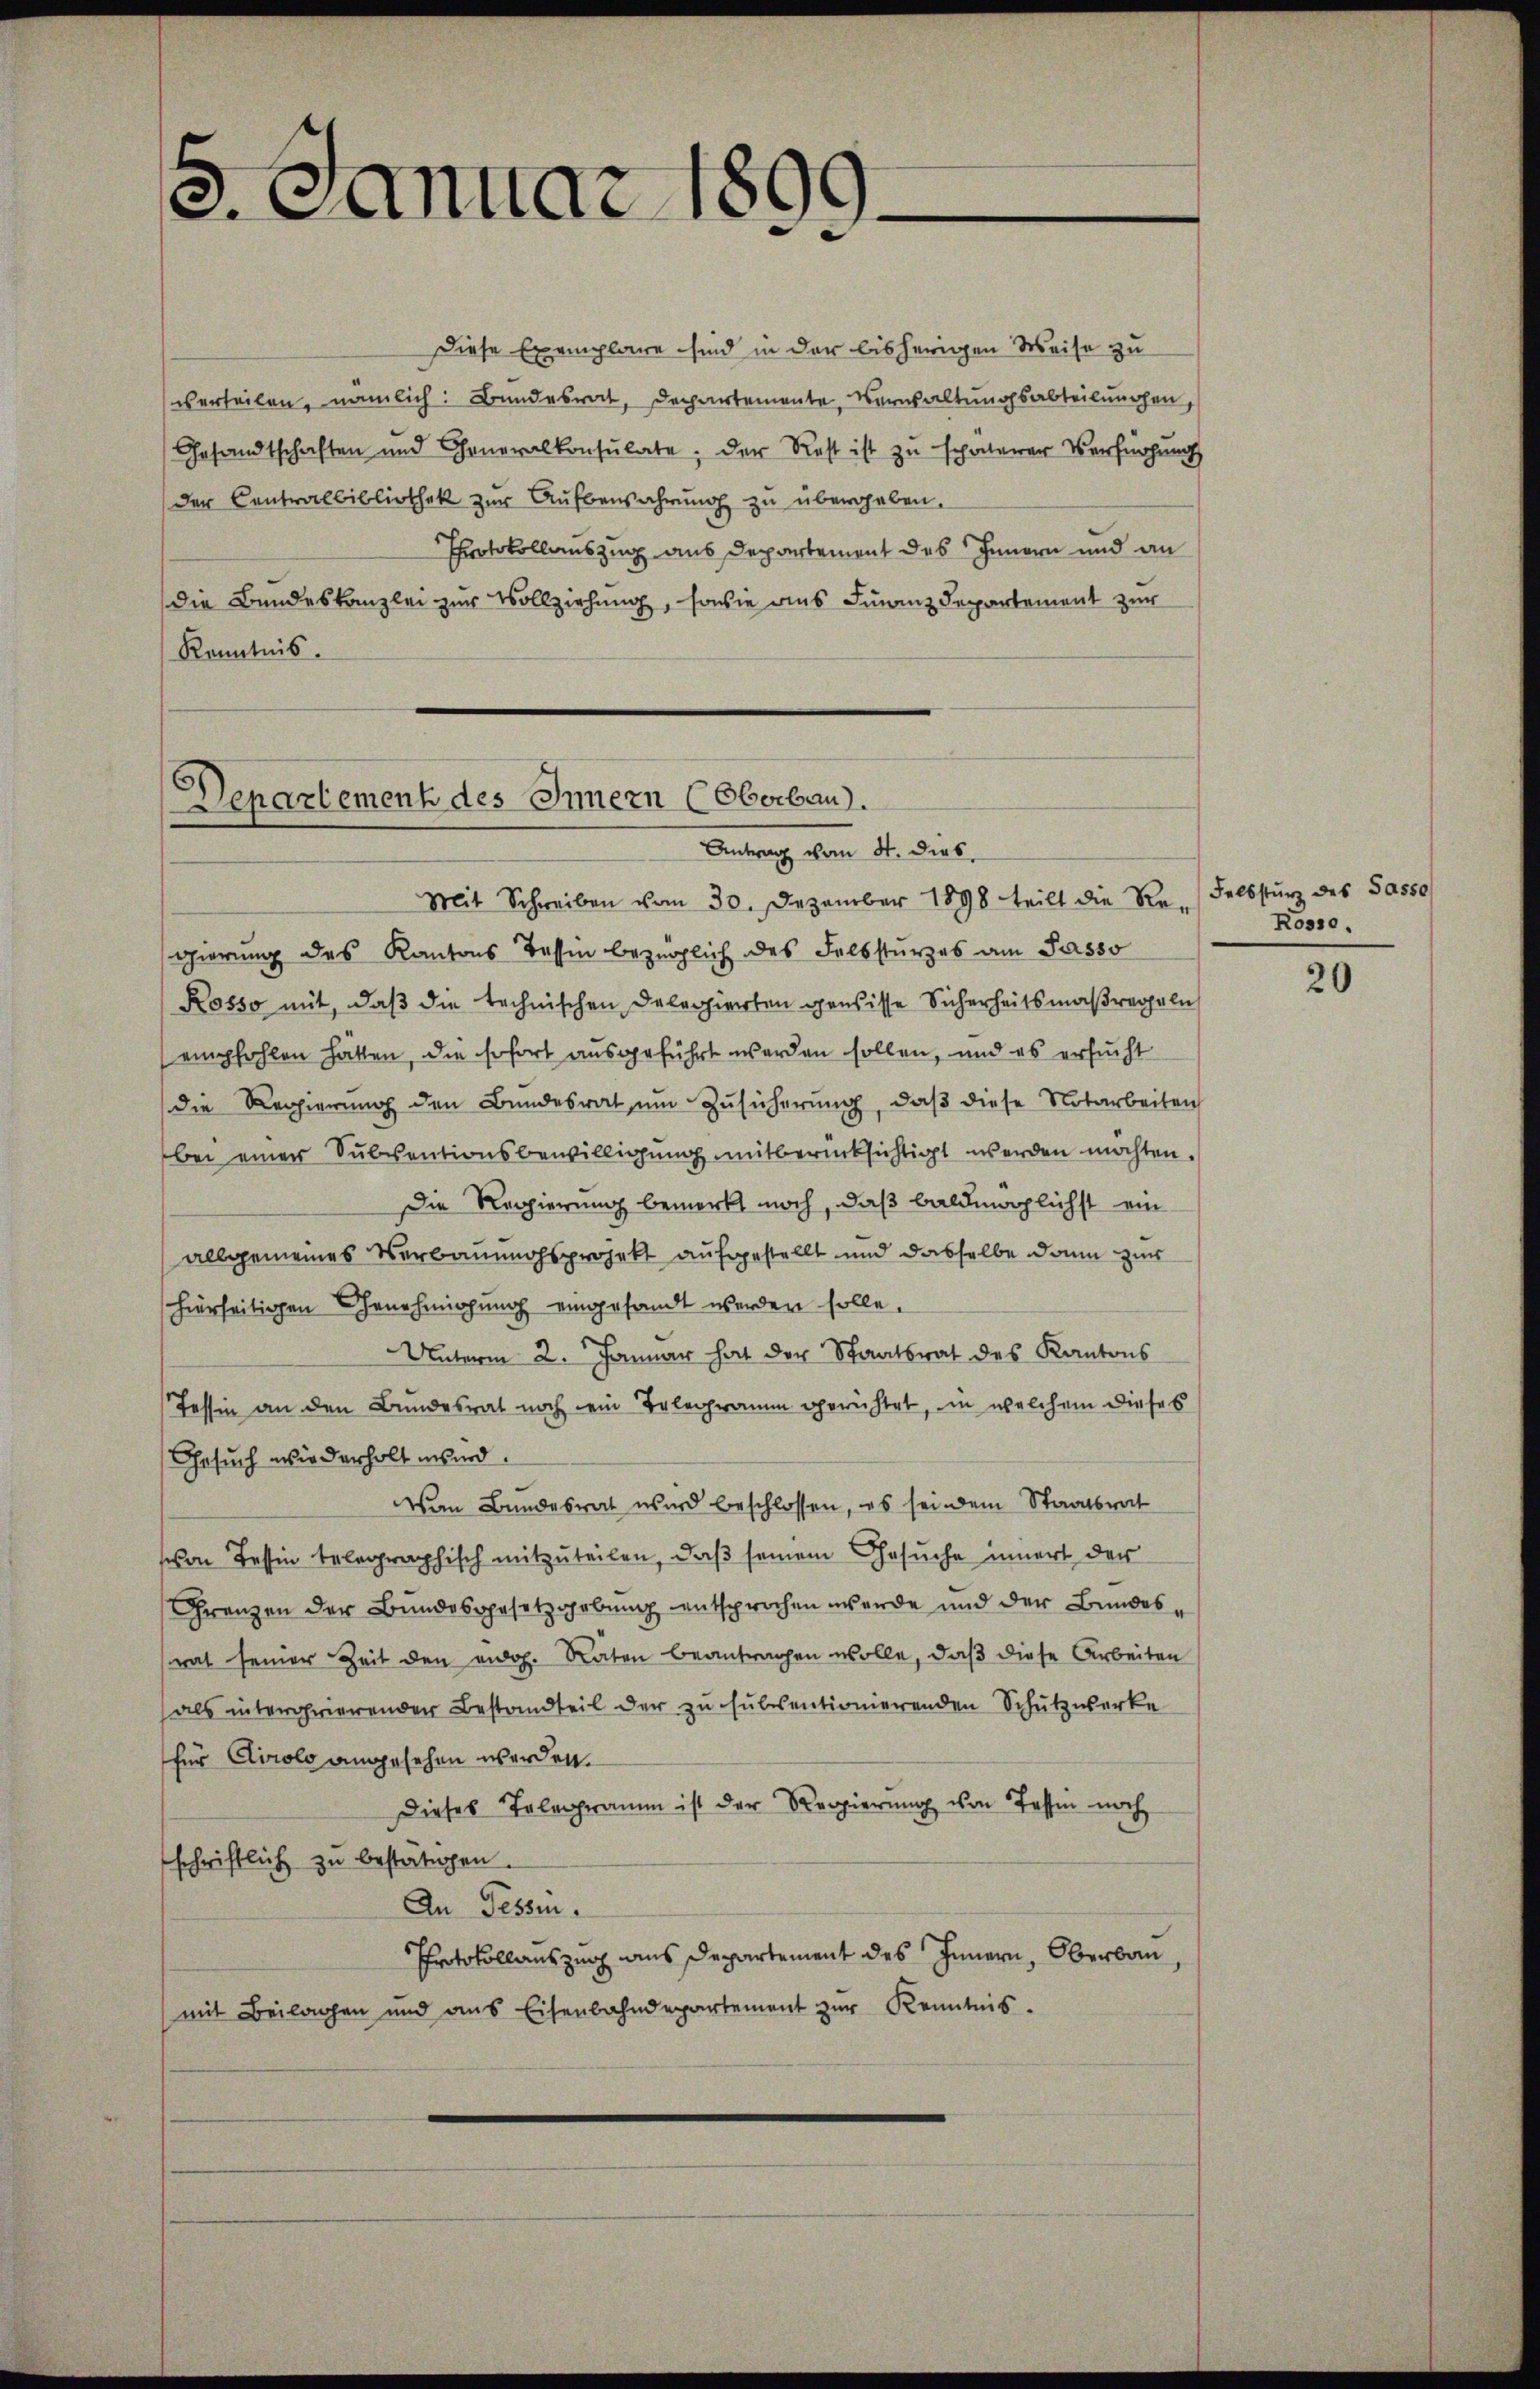
8. Januar 1899.

Diese Exemplare sind in der bisherigen Weise zu
verheilen, nämlich: Bundesrat, Departemente, Verwaltungsabteilungen,
Gesandtschaften und Generalkonsulate, der Rest ist zu späterer Verfügung
der Centralbibliothek zur Aufbewahrung zu übergeben.
Protokollauszug aus Departement des Innern und an
die Bundeskanzlei zur Vollziehung, sowie aus Finanzdepartement zur
Kenntnis.

Departement des Innern (Oberbau).
Antrag vom 4. dies

Mit Schreiben vom 30. Dezember 1898 teilt die Re-Selbstŭrz des Sasso
gierung des Kantons Tessin bezüglich des Felbsturzes am Passo
Rosso mit, daß die technischen Delegierten gewisse Sicherheitsmaßregeln
empfohlen hätten, die sofort ausgeführt werden sollen, und es ersucht
die Regierung den Bundesrat, um Zusicherung, daß diese Notarbeiten
bei einer Subventionsbewilligung mitberücksichtigt werden möchten.
Die Regierung bemerkt noch, daß baldmöglichst ein
allgemeines Verbauungsprojekt aufgestellt und dasselbe dann zur
hierseitigen Genehmigung eingesandt werden solle.
Unterm 2. Januar hat der Staatsrat des Kantons
Tessin an den Bundesrat noch ein Telegramm gerichtet, in welchem dieses
Gesuch wiederholt wird.
Vom Bundesrat wird beschlossen, es sei dem Staatsrat
schon Tessin telegraphisch mitzuteilen, daß seinem Gesuche innert der
Franzen der Bundesgesetzgebung entsprochen werde und der Bundesrat seiner Zeit den eidg. Räten beantragen wolle, daß diese Arbeiten
als interorierender Bestandteil der zu subsentionierenden Schulzwerke
für Clirolo angesehen werden.
Dieses Telegramm ist der Regierung von Tessin noch
schriftlich zu bestätigen.
An Tessin.
Protokollauszug aus Departement des Innern, Oberbau,
mit Beilagen und ans Eisenbahndepartement zŭr Kenntnis.

Rosse.

20